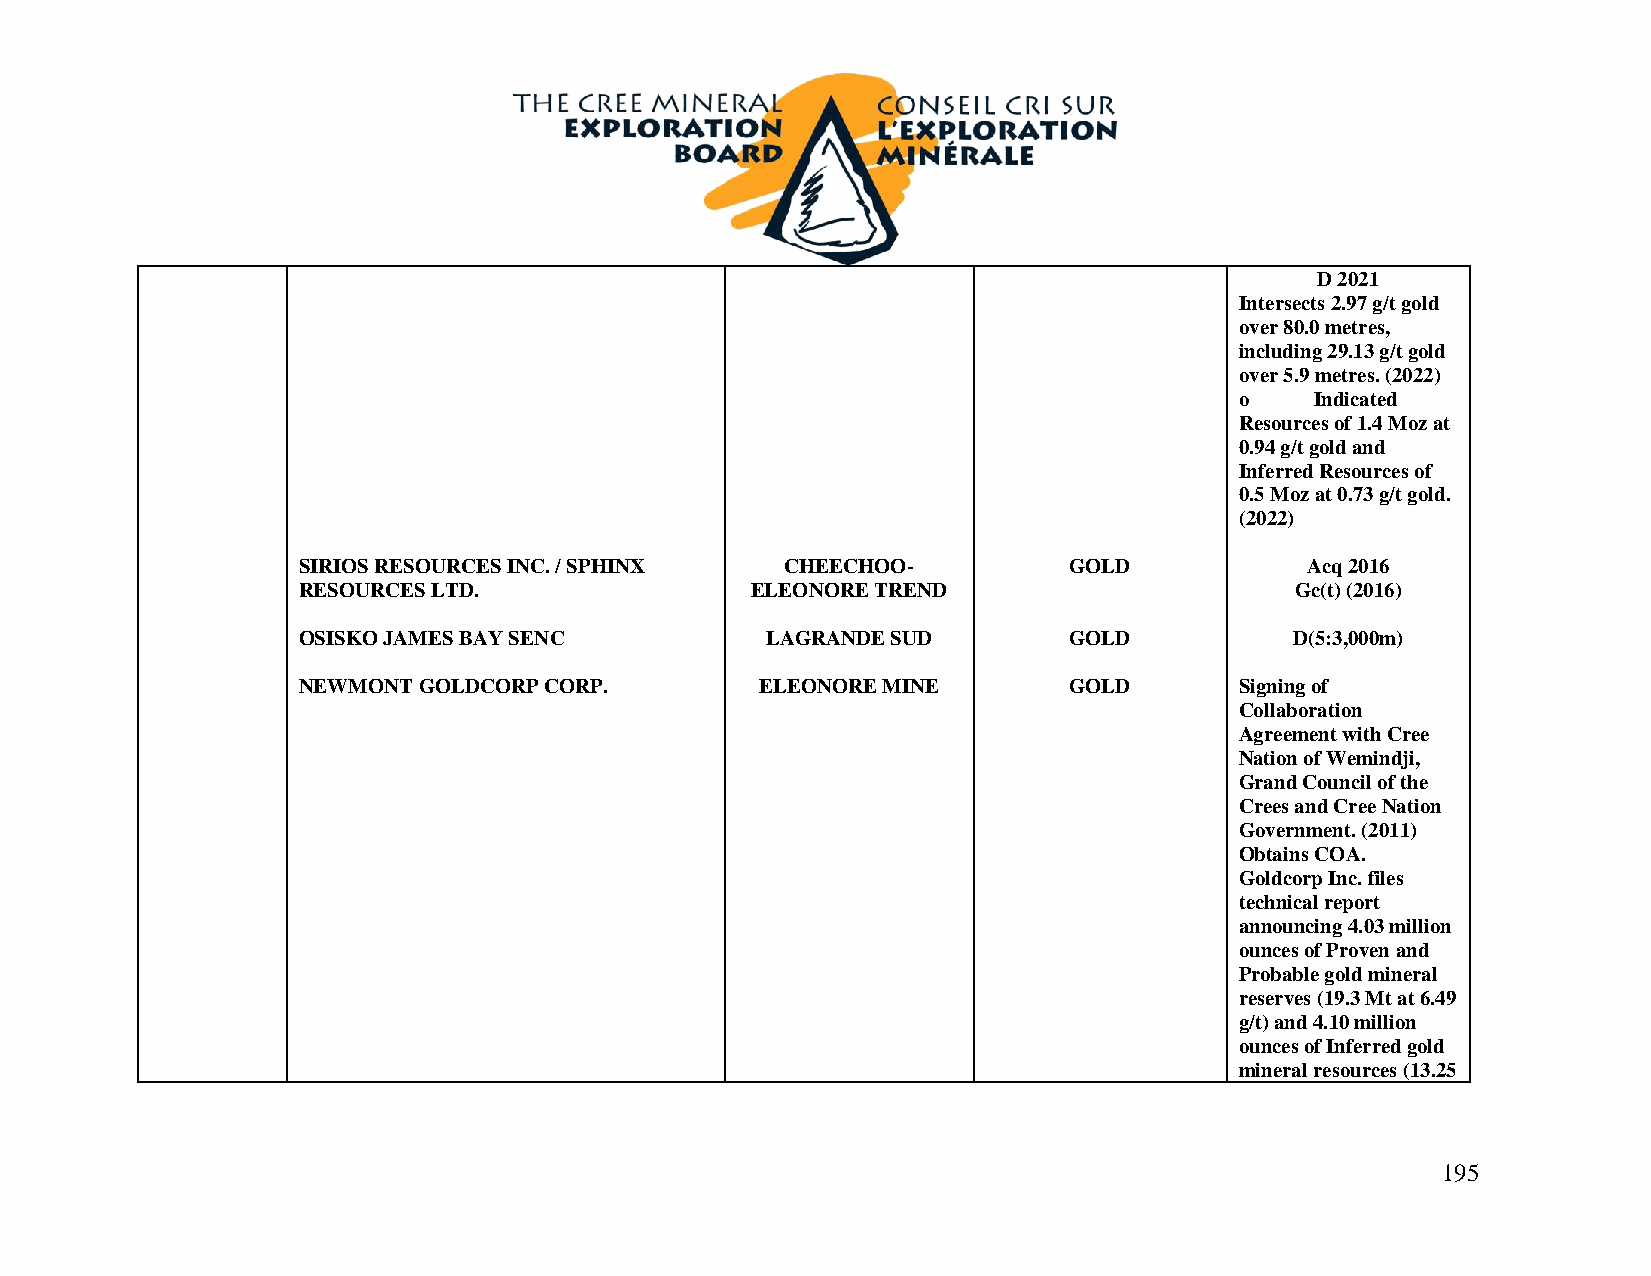
D 2021
 Intersects 2.97 g/t gold
 over 80.0 metres,
 including 29.13 g/t gold
 over 5.9 metres. (2022)
 o    Indicated
 Resources of 1.4 Moz at
 0.94 g/t gold and
 Inferred Resources of
 0.5 Moz at 0.73 g/t gold.
 (2022)
 SIRIOS RESOURCES INC. / SPHINX  CHEECHOO-          GOLD           Acq 2016
 RESOURCES LTD.                ELEONORE TREND                      Gc(t) (2016)
 OSISKO JAMES BAY SENC          LAGRANDE SUD        GOLD           D(5:3,000m)
 NEWMONT GOLDCORP CORP.        ELEONORE MINE        GOLD       Signing of
 Collaboration
 Agreement with Cree
 Nation of Wemindji,
 Grand Council of the
 Crees and Cree Nation
 Government. (2011)
 Obtains COA.
 Goldcorp Inc. files
 technical report
 announcing 4.03 million
 ounces of Proven and
 Probable gold mineral
 reserves (19.3 Mt at 6.49
 g/t) and 4.10 million
 ounces of Inferred gold
 mineral resources (13.25
 195